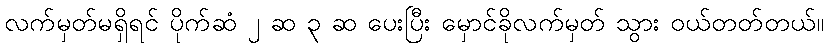
လက်မှတ်မရှိရင် ပိုက်ဆံ ၂ ဆ ၃ ဆ ပေးပြီး မှောင်ခိုလက်မှတ် သွား ဝယ်တတ်တယ်။